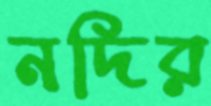
নদির